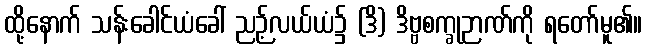
ထို့နောက် သန်းခေါင်ယံခေါ် ညဉ့်လယ်ယံ၌ (ဒိ) ဒိဗ္ဗစက္ခုဉာဏ်ကို ရတော်မူ၏။